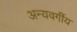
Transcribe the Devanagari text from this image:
अन्यवर्गीय